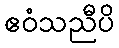
ဧဝံသညီပိ